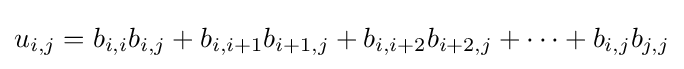
u_{i,j}=b_{i,i}b_{i,j}+b_{i,i+1}b_{i+1,j}+b_{i,i+2}b_{i+2,j}+\dots +b_{i,j}b_{j,j}